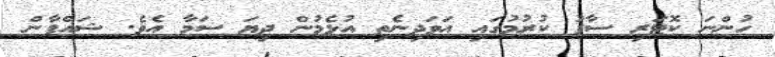
ހުންނަ ކޮޓަރި ސާފު ކުރުމުގައި އަވަދިނެތި އުޅެމުން ދިޔަ ސަމާ އެވެ. ޝައްފާން